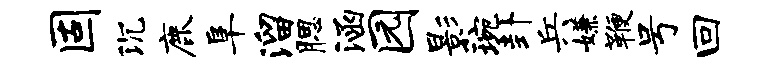
固沉鹿阜溜腮涵园影琬卦兵嫌鞭号回